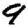
Digit: 9